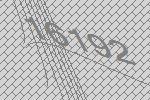
16192